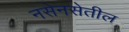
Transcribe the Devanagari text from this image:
नसेनसेतील